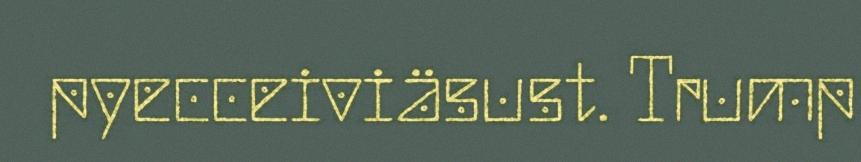
pyecceiviäsust. Trump